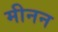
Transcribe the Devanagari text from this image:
मीनन